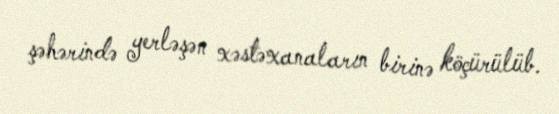
şəhərində yerləşən xəstəxanaların birinə köçürülüb.